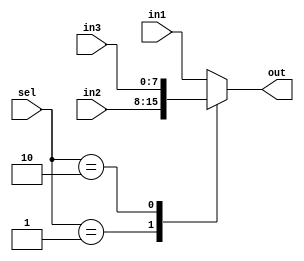
module conv_processor_mux3to1 #(
		parameter DATA_WIDTH= 8
)(
		input wire [DATA_WIDTH-1:0] in1,
		input wire [DATA_WIDTH-1:0] in2,
		input wire [DATA_WIDTH-1:0] in3,
		input wire  [1:0] sel,
		output reg [DATA_WIDTH-1:0] out
	   
);


always @(*) begin
	case (sel)
		2'b00: out=in1;
		2'b01: out=in2;
		2'b10: out=in3;
		default: out=in1;
	endcase
end

endmodule